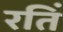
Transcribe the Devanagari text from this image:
रतिं